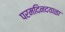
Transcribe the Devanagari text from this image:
परमदिनदयाळा